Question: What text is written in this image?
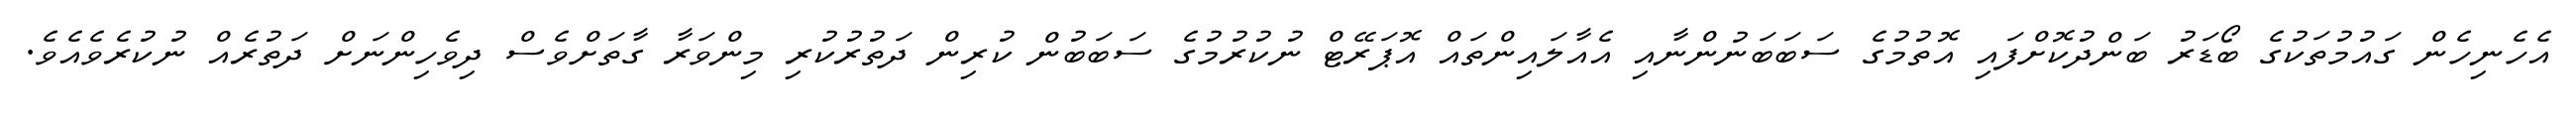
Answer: އެހެނިހެން ގައުމުތަކުގެ ބޯޑަރު ބަންދުކޮށްފައި އޮތުމުގެ ސަބަބަނުންނާއި އެއާލައިންތައް އޮޕަރޭޓް ނުކުރުމުގެ ސަބަބުން ކުރިން ދަތުރުކުރި މިންވަރާ ގާތަށްވެސް ދިވެހިންނަށް ދަތުރެއް ނުކުރެވެއެވެ.